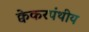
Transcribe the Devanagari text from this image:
क्वेकरपंथीय